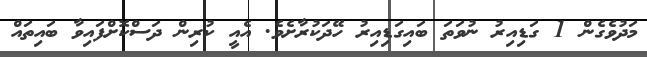
މަދުވެގެން 1 ގަޑިއިރު ނުވަތަ ބައިގަޑިއިރު ހޭދަކުރާށެވެ. އެއީ ކުރިން ދަސްކޮށްފައިވާ ބައިތައް